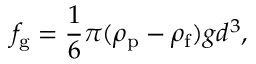
f _ { \mathrm { g } } = \frac { 1 } { 6 } \pi ( \rho _ { \mathrm { p } } - \rho _ { \mathrm { f } } ) g d ^ { 3 } ,